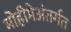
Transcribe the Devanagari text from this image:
मोहीमेअंतर्गत